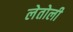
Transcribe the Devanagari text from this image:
लेतोली